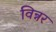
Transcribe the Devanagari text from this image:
विन्नर